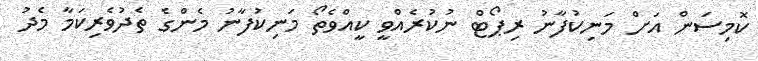
ކޮމިސަން އަށް މަނިކުފާނު ރިޕޯޓް ނުކުރެއްވީ ކީއްވެތޯ މަނިކުފާނު މެންގެ ތެދުވެރިކަމާ މެދު